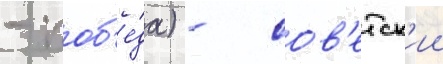
- поб'е́да) - сов'етск'ии